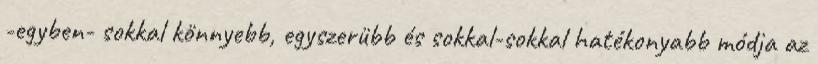
-egyben- sokkal könnyebb, egyszerübb és sokkal-sokkal hatékonyabb módja az